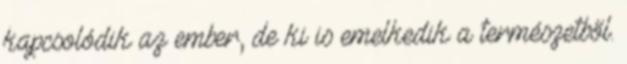
kapcsolódik az ember, de ki is emelkedik a természetből.